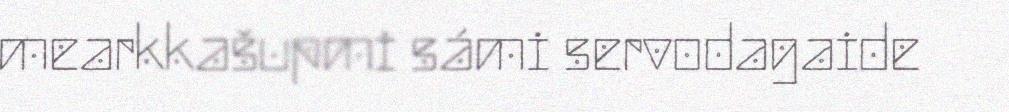
mearkkašupmi sámi servodagaide